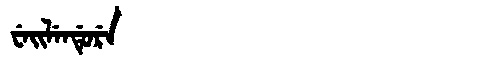
Manchu: ᠸᡝᡳᠯᡝᠨᡩᡠᡵᡝ
Romanization: WEILENDURE